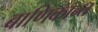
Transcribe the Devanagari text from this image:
बाणिकान्त